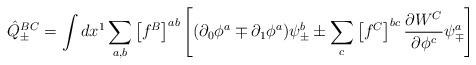
\begin{align*}{\hat Q}_{\pm}^{BC}=\int dx^1 \sum_{a,b} \left[f^B\right]^{ab}\left[ (\partial_0 \phi^a \mp\partial_1 \phi^a) \psi_{\pm}^b \pm \sum_c \left[f^C\right]^{bc} \frac{\partial W^C}{\partial\phi^c} \psi^a_{\mp} \right]\end{align*}